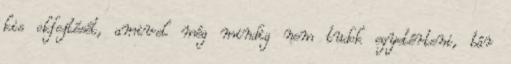
kis okfejtését, amivel még mindig nem tudok egyetérteni, bár